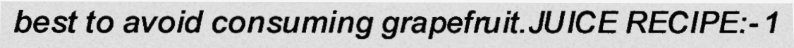
best to avoid consuming grapefruit.JUICE RECIPE:- 1